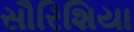
સૌરિશિયા